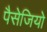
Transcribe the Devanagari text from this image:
पैसेजियो